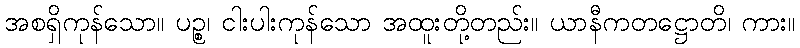
အစရှိကုန်သော။ ပဉ္စ၊ ငါးပါးကုန်သော အထူးတို့တည်း။ ယာနီကတဋ္ဌောတိ၊ ကား။